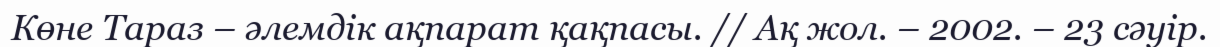
Көне Тараз – әлемдік ақпарат қақпасы. // Ақ жол. – 2002. – 23 сәуір.